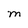
Character: M